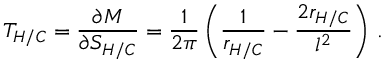
T _ { H / C } = \frac { \partial M } { \partial S _ { H / C } } = \frac { 1 } { 2 \pi } \left( \frac { 1 } { r _ { H / C } } - \frac { 2 r _ { H / C } } { l ^ { 2 } } \right) \, .